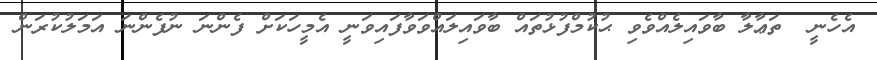
އެހެނީ  ތަޢާލާ ބާވައިލެއްވެވި ޙުކުމްފުޅުތައް ބާވައިލައްވަވާފައިވަނީ އެމީހަކަށް ފެންނަ ނުފެންނަ އަމަލުކުރަން